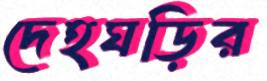
দেহঘড়ির